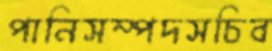
পানিসম্পদসচিব